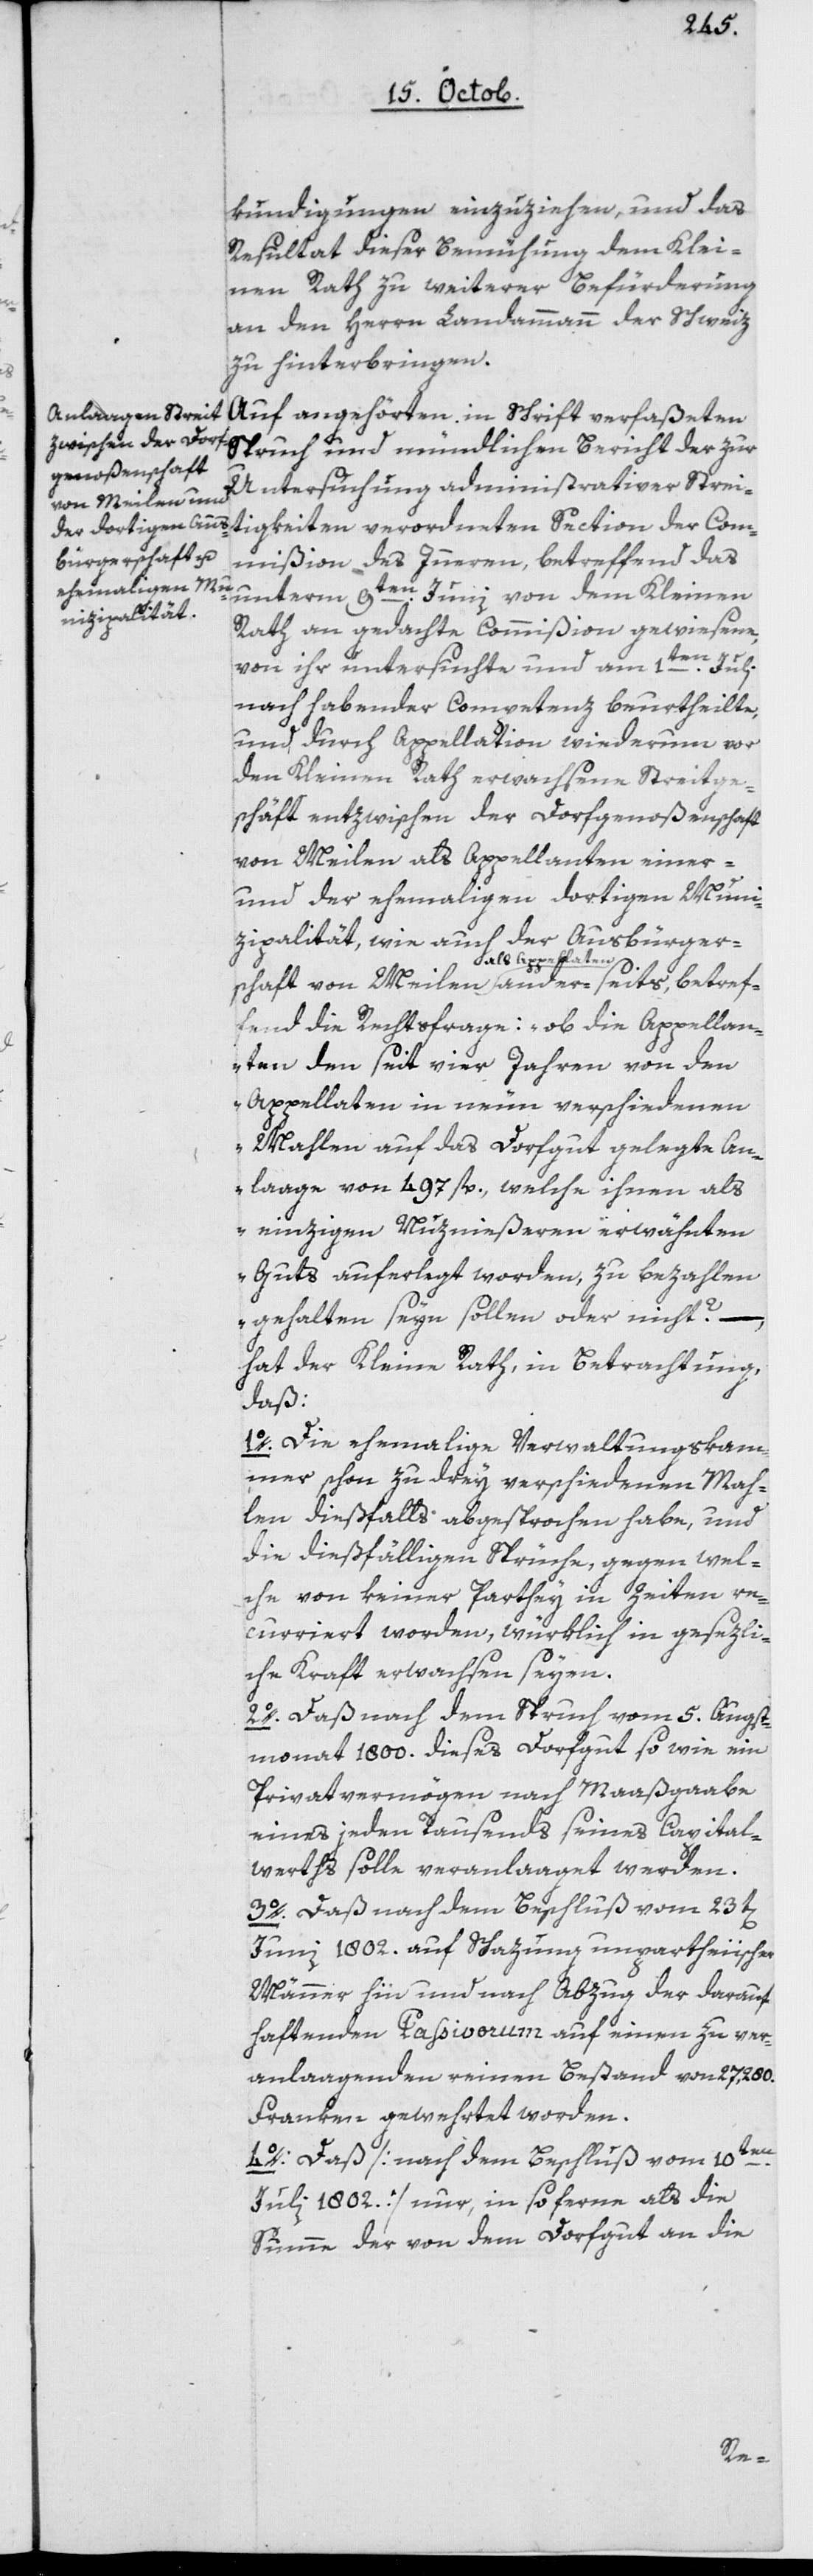
kundigungen einzuziehen, und das
Resultat dieser Bemühung dem Klei¬
nen Rath zu weiterer Befürderung
an den Herrn Landammann der Schweiz
zu hinterbringen.